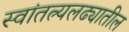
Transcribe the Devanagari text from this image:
स्वांतत्र्यलढ्यातील